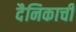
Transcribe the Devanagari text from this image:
दैनिकाची